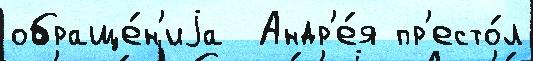
обраще́н'иjа  Андр'е́я пр'есто́л